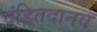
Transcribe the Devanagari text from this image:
दंडितदानव